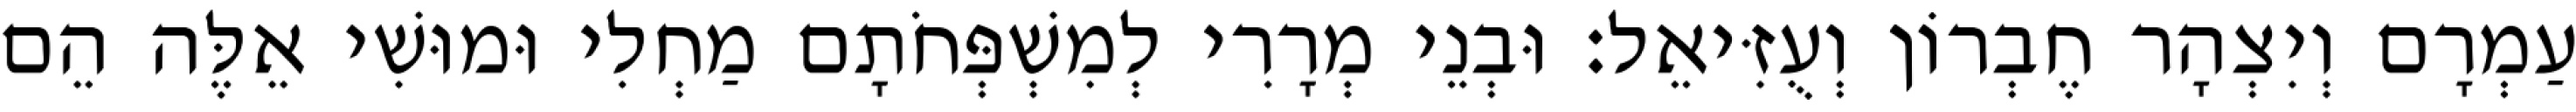
עַמְרָם וְיִצְהָר חֶבְרוֹן וְעֻזִּיאֵל׃ וּבְנֵי מְרָרִי לְמִשְׁפְּחֹתָם מַחְלִי וּמוּשִׁי אֵלֶּה הֵם